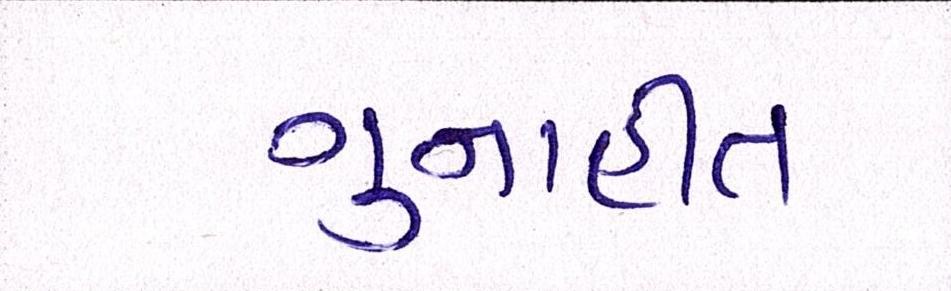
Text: ગુનાહીત